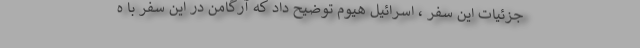
جزئیات این سفر ، اسرائیل هیوم توضیح داد که آرگامن در این سفر با ه